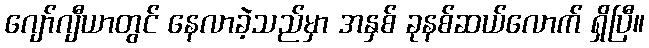
ဂျော်ဂျီယာတွင် နေလာခဲ့သည်မှာ အနှစ် ခုနစ်ဆယ်လောက် ရှိပြီ။